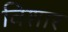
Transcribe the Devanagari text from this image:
विशार